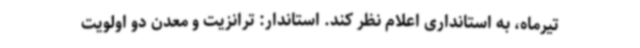
تیرماه، به استانداری اعلام نظر کند. استاندار: ترانزیت و معدن دو اولویت